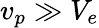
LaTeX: v_{p}\gg V_{e}